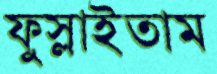
ফুস্‌লাইতাম